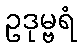
ဥဒုမ္ဗရံ